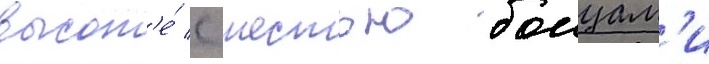
высот'е́ с шестью боицам'и